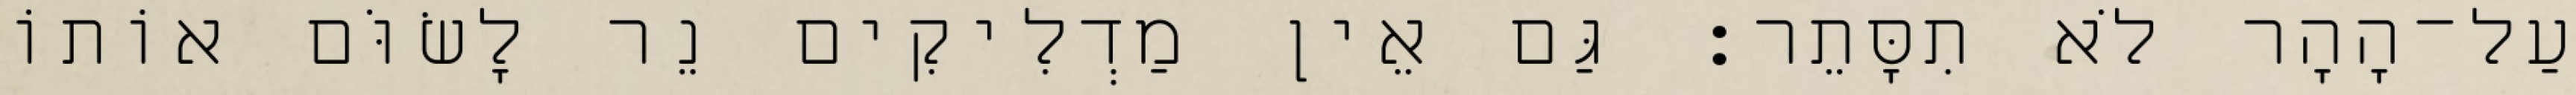
עַל־הָהָר לֹא תִסָּתֵר׃ גַּם אֵין מַדְלִיקִים נֵר לָשׂוֹּם אוֹתוֹ